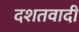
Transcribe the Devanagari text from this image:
दशतवादी